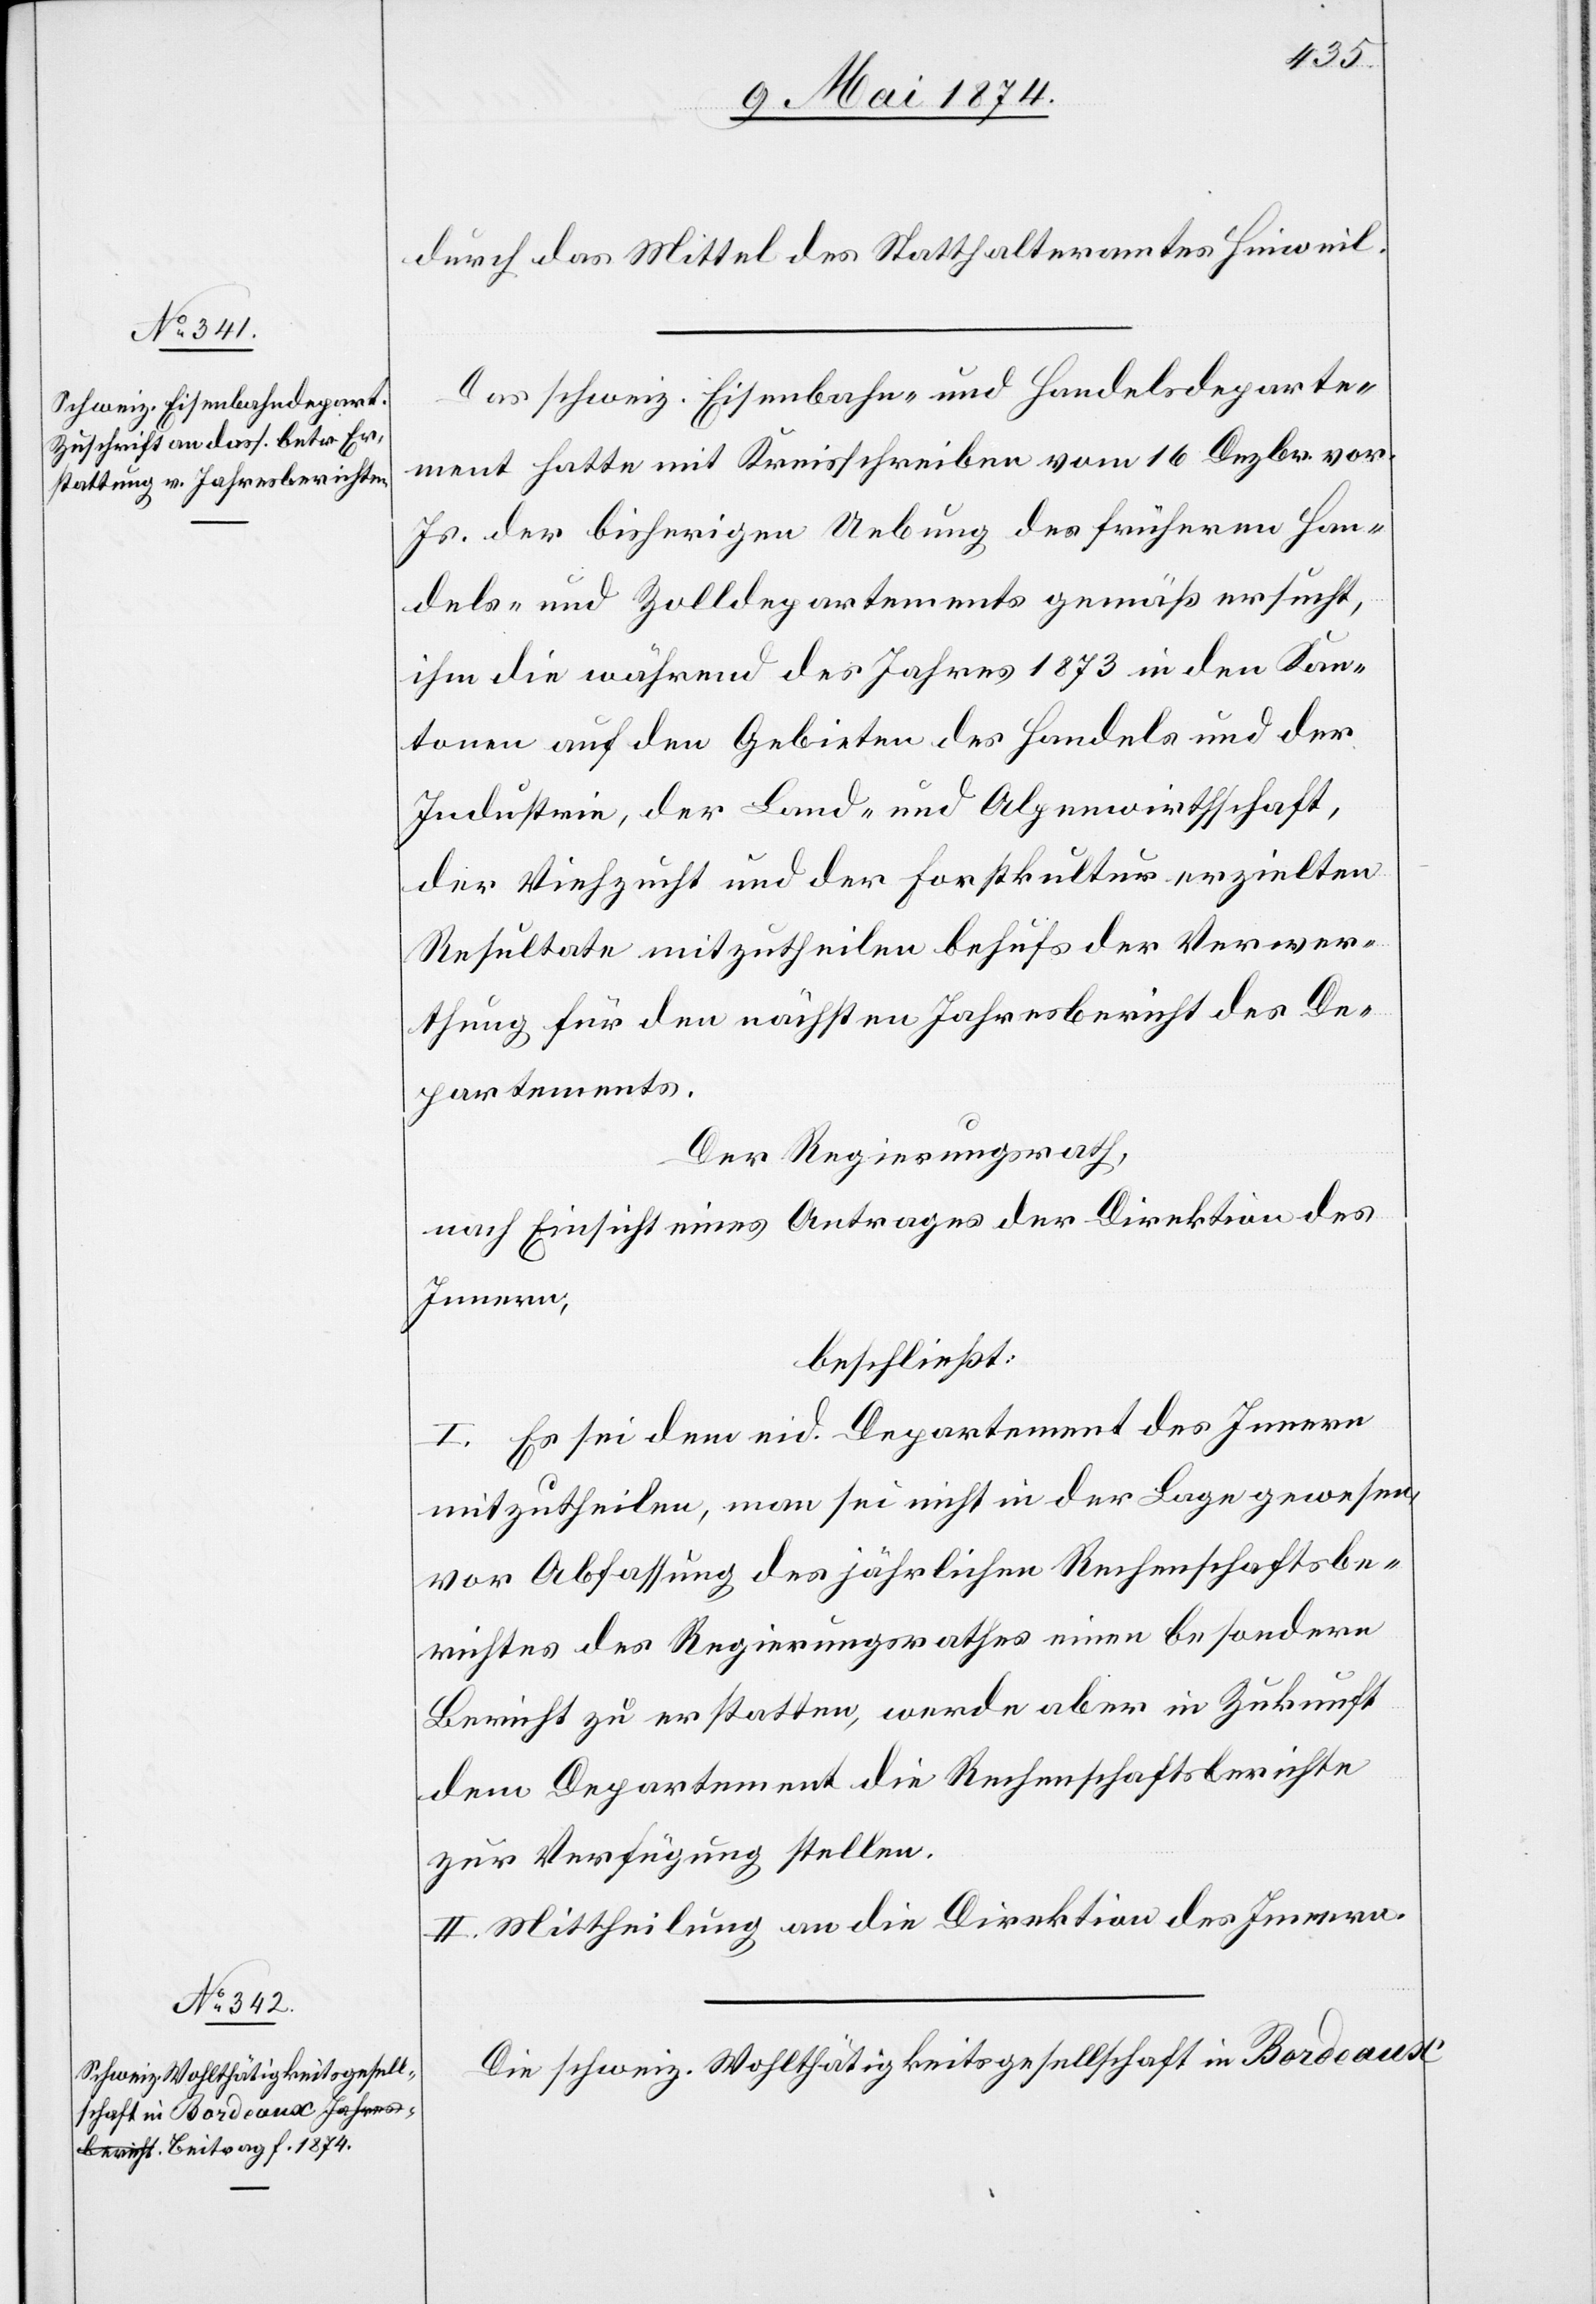
durch das Mittel des Statthalteramtes Hinweil.
Das schweiz. Eisenbahn- und Handelsdeparte¬
ment hatte mit Kreisschreiben vom 16 Dezbr. vor.
Js. der bisherigen Uebung des früheren Han¬
dels- und Zolldepartements gemäß ersucht,
ihm die während des Jahres 1873 in den Kan¬
tonen auf den Gebieten des Handels und der
Industrie, der Land- und Alpenwirthschaft,
der Viehzucht und der Forstkultur erzielten
Resultate mitzutheilen behufs der Verwer¬
thung für den nächsten Jahresbericht des De¬
partements.
Der Regierungsrath
nach Einsicht eines Antrages der Direktion des
Innern,
beschließt:
I. Es sei dem eid. Departement des Innern
mitzutheilen, man sei nicht in der Lage gewesen,
vor Abfassung des jährlichen Rechenschaftsbe¬
richtes des Regierungsrathes einen besondern
Bericht zu erstatten, werde aber in Zukunft
dem Departement die Rechenschaftsberichte
zu Verfügung stellen.
II. Mittheilung an die Direktion des Innern.
Die schweiz. Wohlthätigkeitsgesellschaft in Bordeaux